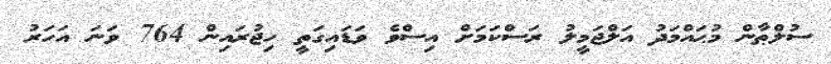
ސުލްޠާން މުޙައްމަދު އަލްޖަމީލު ރަސްކަމަށް އިސްވެ ވަޑައިގަތީ ހިޖުރައިން 764 ވަނަ އަހަރު